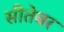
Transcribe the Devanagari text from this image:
सीतेवर